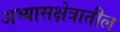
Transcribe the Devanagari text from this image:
अभ्यासक्षेत्रातील